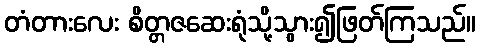
တံတားလေး စိတ္တဇဆေးရုံသို့သွား၍ဖြတ်ကြသည်။